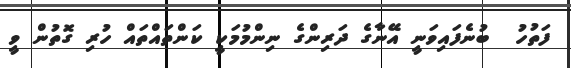
ފަތުހު  ބުނެފައިވަނީ އޭނާގެ ދަރިންގެ ނިންމުމަކީ ކަންތައްތައް ހުރި ގޮތުން ވީ